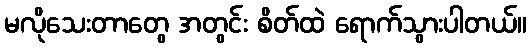
မလိုသေးတာတွေ အတွင်း စိတ်ထဲ ရောက်သွားပါတယ်။